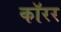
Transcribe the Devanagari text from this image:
कॉरर